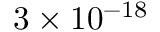
3 \times 1 0 ^ { - 1 8 }